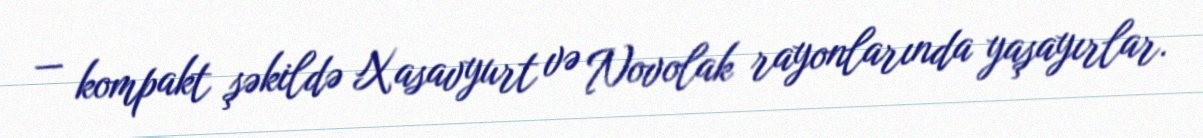
— kompakt şəkildə Xasavyurt və Novolak rayonlarında yaşayırlar.